Leaving Certificate Examination, 1914
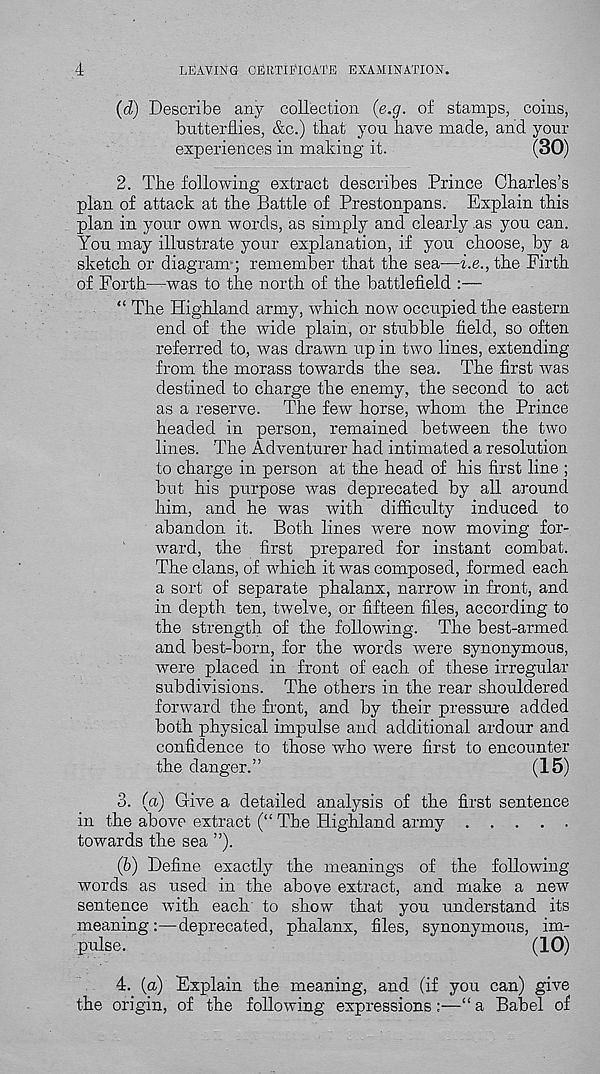
4
LEAVING GERTiFIOA'i'E EXAMINATION.
(d) Describe any collection (e.g. of stamps, coins,
butterflies, &c.) that you have made, and your
experiences in making it.
(30)
2. The following extract describes Prince Charles’s
plan of attack at the Battle of Prestonpans. Explain this
plan in your own words, as simply and clearly as you can.
You may illustrate your explanation, if you choose, by a
sketch or diagram-; remember that the sea—i.e., the Firth
of Forth—was to the north of the battlefield :—
“ The Highland army, which now occupied the eastern
end of the wide plain, or stubble field, so often
referred to, was drawn up in two lines, extending
from the morass towards the sea. The first was
destined to charge the enemy, the second to act
as a reserve. The few horse, whom the Prince
headed in person, remained between the two
lines. The Adventurer had intimated a resolution
to charge in person at the head of his first line ;
but his purpose was deprecated by all around
him, and he was with difficulty induced to
abandon it. Both lines were now moving for-
ward, the first prepared for instant combat.
The clans, of which it was composed, formed each
a sort of separate phalanx, narrow in front, and
in depth ten, twelve, or fifteen files, according to
the strength of the following. The best-armed
and best-born, for the words were synonymous,
were placed in front of each of these irregular
subdivisions. The others in the rear shouldered
forward the front, and by their pressure added
both physical impulse and additional ardour and
confidence to those who were first to encounter
the danger.”
(15)
3. (a) Give a detailed analysis of the first sentence
in the above extract (“ The Highland army
towards the sea ”).
(b) Define exactly the meanings of the following
words as used in the above extract, and make a new
sentence with each to show that you understand its
meaning:—deprecated, phalanx, files, synonymous, im-
pulse.
(10)
4. (a) Explain the meaning, and (if you can) give
the origin, of the following expressions:—“a Babel of